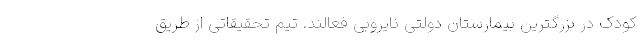
کودک در بزرگترین بیمارستان دولتی نایروبی فعالند. تیم تحقیقاتی از طریق